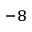
^ { - 8 }